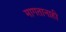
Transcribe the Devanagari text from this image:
मागतानाही